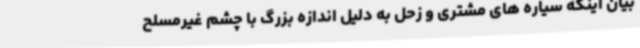
بیان اینکه سیاره های مشتری و زحل به دلیل اندازه بزرگ با چشم غیرمسلح